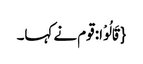
{قَالُوْا: قوم نے کہا۔